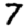
Digit: 7